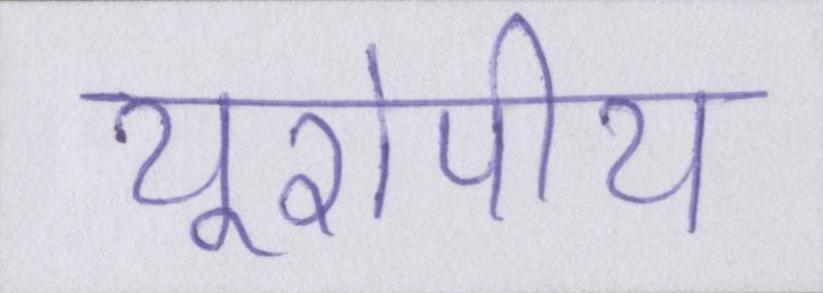
यूरोपीय